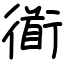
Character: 衜